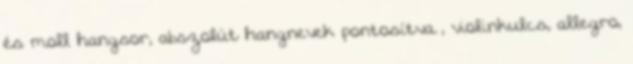
és moll hangsor, abszolút hangnevek pontosítva , violinkulcs, allegro,